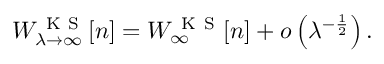
W _ { \lambda \rightarrow \infty } ^ { \mathrm { ~ K ~ S ~ } } [ n ] = W _ { \infty } ^ { \mathrm { ~ K ~ S ~ } } [ n ] + o \left( \lambda ^ { - \frac { 1 } { 2 } } \right) .